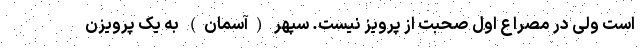
است ولی در مصراع اول صحبت از پرویز نیست. سپهر (آسمان) به یک پرویزَن